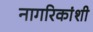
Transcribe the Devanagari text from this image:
नागरिकांशी